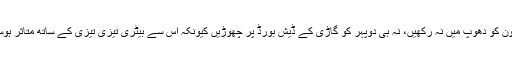
اس لیے فون کو دھوپ میں نہ رکھیں، نہ ہی دوپہر کو گاڑی کے ڈیش بورڈ پر چھوڑیں کیونکہ اس سے بیٹری تیزی تیزی کے ساتھ متاثر ہوسکتی ہے۔